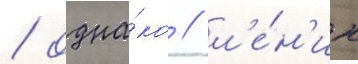
/ одна́ко / л'е́н'ин